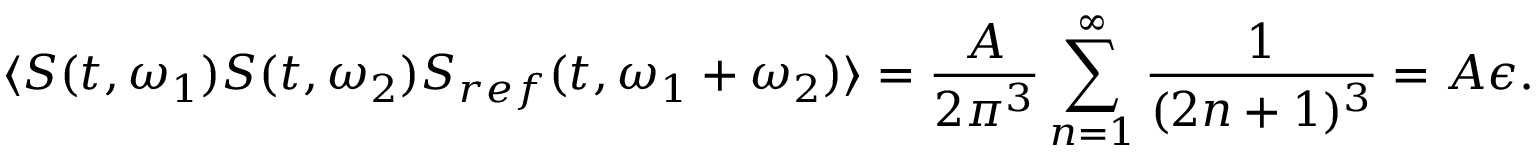
\langle S ( t , \omega _ { 1 } ) S ( t , \omega _ { 2 } ) S _ { r e f } ( t , \omega _ { 1 } + \omega _ { 2 } ) \rangle = \frac { A } { 2 \pi ^ { 3 } } \sum _ { n = 1 } ^ { \infty } \frac { 1 } { ( 2 n + 1 ) ^ { 3 } } = A \epsilon .